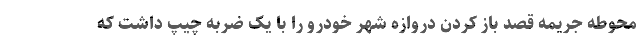
محوطه جریمه قصد باز کردن دروازه شهر خودرو را با یک ضربه چیپ داشت که